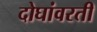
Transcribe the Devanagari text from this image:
दोघांवरती